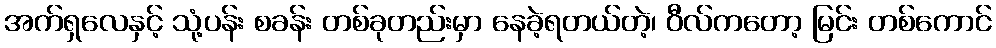
အက်ရှလေနှင့် သုံ့ပန်း စခန်း တစ်ခုတည်းမှာ နေခဲ့ရတယ်တဲ့၊ ဝီလ်ကတော့ မြင်း တစ်ကောင်